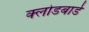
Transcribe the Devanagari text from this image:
क्लोडबार्ड